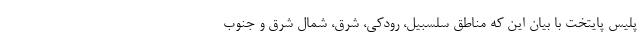
پلیس پایتخت با بیان این که مناطق سلسبیل، رودکی، شرق، شمال شرق و جنوب